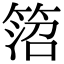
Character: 䈃